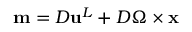
\mathbf { m } = { D } { \mathbf { u } } ^ { L } + { D } \boldsymbol { \Omega } \times { \mathbf { x } }